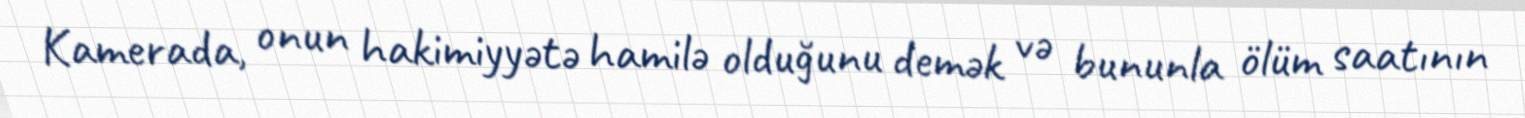
Kamerada, onun hakimiyyətə hamilə olduğunu demək və bununla ölüm saatının